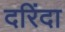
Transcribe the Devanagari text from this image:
दरिंदा